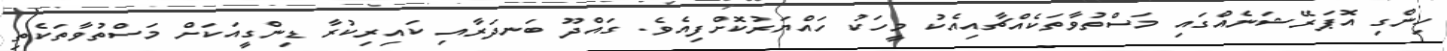
ހިންގި އޮޕަރޭޝަނެއްގައި މަސްތުވާތަކެއްޗާއިއެކު މީހަކު ހައްޔަރުކޮށްފިއެވެ. ގައްދޫ ބަނދަރާއި ކައިރިކުރާ ޑިންގީއަކަށް މަސްތުވާތަކެތި